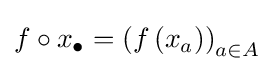
f\circ x_{\bullet }=\left(f\left(x_{a}\right)\right)_{a\in A}